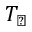
T _ { \perp }